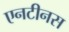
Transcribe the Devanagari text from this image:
एनटीनस